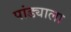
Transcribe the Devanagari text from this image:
पांड्याला